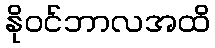
နိုဝင်ဘာလအထိ